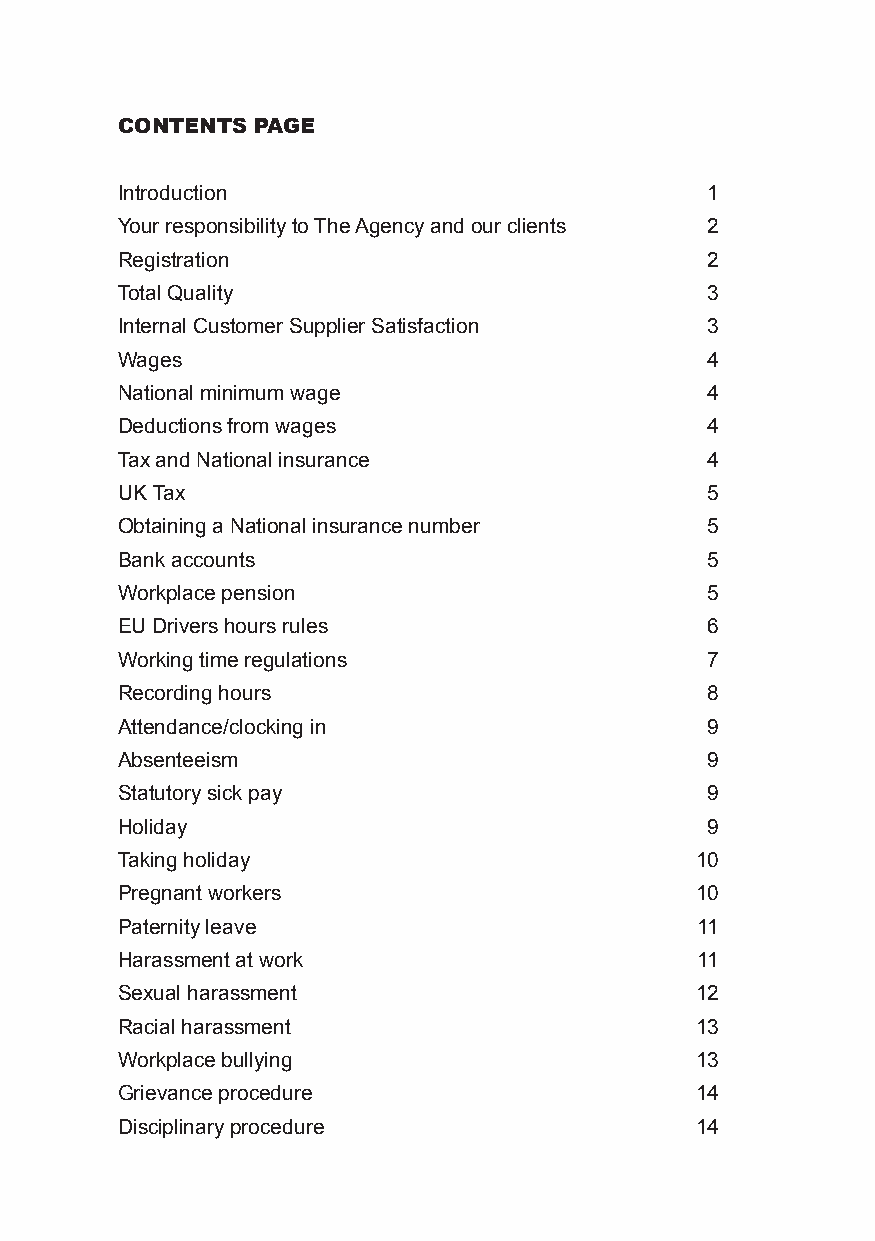
Contents Page
 Introduction                           1
 Your responsibility to The Agency and our clients 2
 Registration                           2
 Total Quality                          3
 Internal Customer Supplier Satisfaction 3
 Wages                                  4
 National minimum wage                  4
 Deductions from wages                  4
 Tax and National insurance             4
 UK Tax                                 5
 Obtaining a National insurance number  5
 Bank accounts                          5
 Workplace pension                      5
 EU Drivers hours rules                 6
 Working time regulations               7
 Recording hours                        8
 Attendance/clocking in                 9
 Absenteeism                            9
 Statutory sick pay                     9
 Holiday                                9
 Taking holiday                        10
 Pregnant workers                      10
 Paternity leave                       11
 Harassment at work                    11
 Sexual harassment                     12
 Racial harassment                     13
 Workplace bullying                    13
 Grievance procedure                   14
 Disciplinary procedure                14